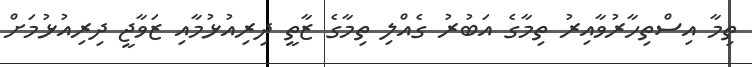
ތިމާ އިސްތިހާރުވާއިރު ތިމާގެ އަބުރު ގެއްލި ތިމާގެ ޒާތީ ދިރިއުޅުމާއި ޒަވާޖީ ދިރިއުޅުމަށް